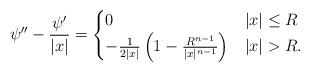
LaTeX: \begin{align*} \psi''-\frac{\psi'}{|x|}= \begin{cases} 0 &|x|\le R\\ -\frac{1}{2|x|} \left(1-\frac{R^{n-1}}{|x|^{n-1}}\right) &|x|>R. \end{cases}\end{align*}